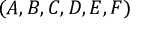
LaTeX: ( A , B , C , D , E , F )